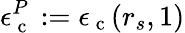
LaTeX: \epsilon_{\mathrm{~c~}}^{P}:=\epsilon_{\mathrm{~c~}}(r_{s},1)